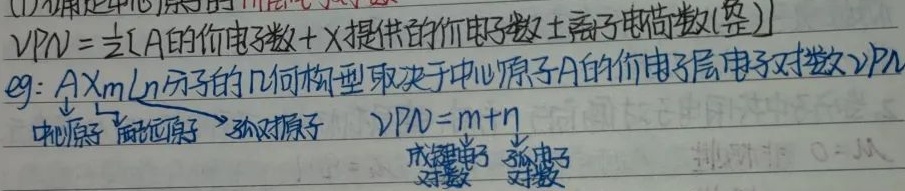
(1) 确定中心原子的价层电子对数VPN
\[VPN=\frac{1}{2}[A\text{的价电子数}+X\text{提供的价电子数}\pm\text{离子电荷数(整)}]\]
eg: \(AX_mL_n\)分子的几何构型取决于中心原子\(A\)的价电子层电子对数\(VPN\)。中心原子、配位原子、孤对原子，\(VPN = m + n\)（成键电子对数、孤电子对数），排斥力 \(0 - M\)